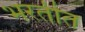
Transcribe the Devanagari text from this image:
भरतीत